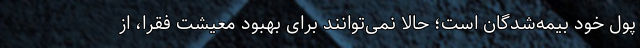
پول خود بیمه‌شدگان است؛ حالا نمی‌توانند برای بهبودِ معیشت فقرا، از